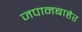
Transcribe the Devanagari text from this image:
जपानबाहेर